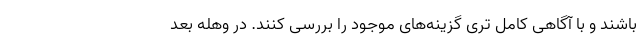
باشند و با آگاهی کامل تری گزینه‌های موجود را بررسی کنند. در وهله بعد